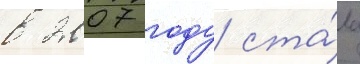
в 2007 году ста́ла